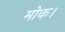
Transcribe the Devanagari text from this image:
मोक।